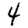
Digit: 4